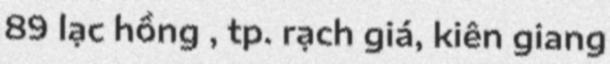
89 lạc hồng , tp. rạch giá, kiên giang